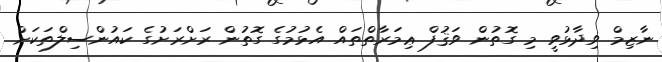
ނާޒިމް ވިދާޅުވީ މި ގޮތުން ވަޤުފް ޢިމަރާތްތައް އެޅުމުގެ ގޮތުން ރަށްރަށުގެ ކައުންސިލްތަކަށް